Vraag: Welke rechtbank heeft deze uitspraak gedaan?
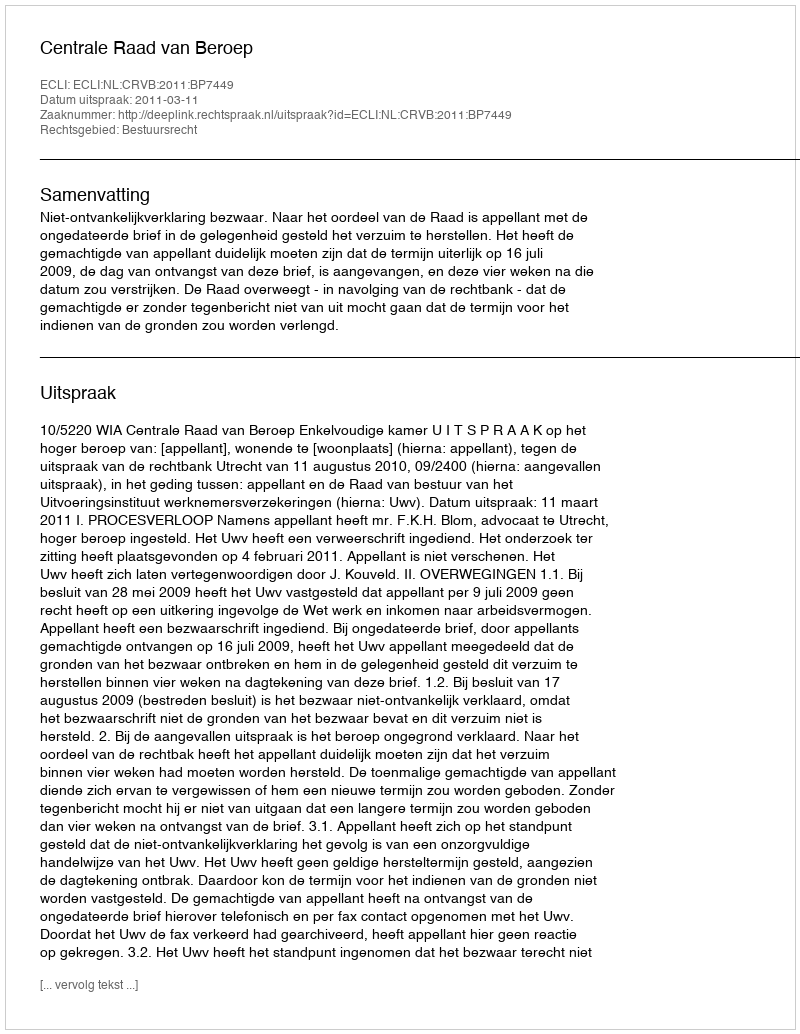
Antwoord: Centrale Raad van Beroep